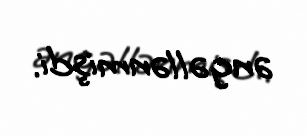
əngəllənmişdi.